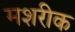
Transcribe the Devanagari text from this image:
मशरीक